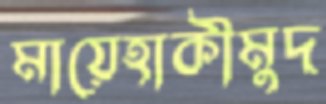
মায়েহাকীমুদ